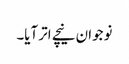
نوجوان نیچے اتر آیا۔